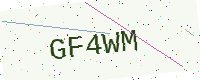
Text: GF4WM